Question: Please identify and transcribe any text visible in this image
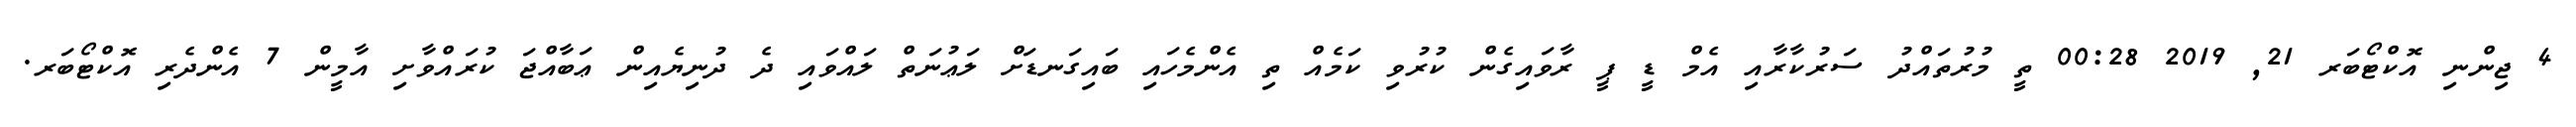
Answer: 4 ޖިންނި އޮކްޓޯބަރ 21, 2019 00:28 ތީ މުރުތައްދު ސަރުކާރާއި އެމް ޑީ ޕީ ރާވައިގެން ކުރުވި ކަމެއް ތި އެންމެހައި ބައިގަނޑަށް ލަޢުނަތް ލައްވައި ދެ ދުނިޔެއިން ޢަބާއްޖަ ކުރައްވާށި އާމީން 7 އެންދެރި އޮކްޓޯބަރ.